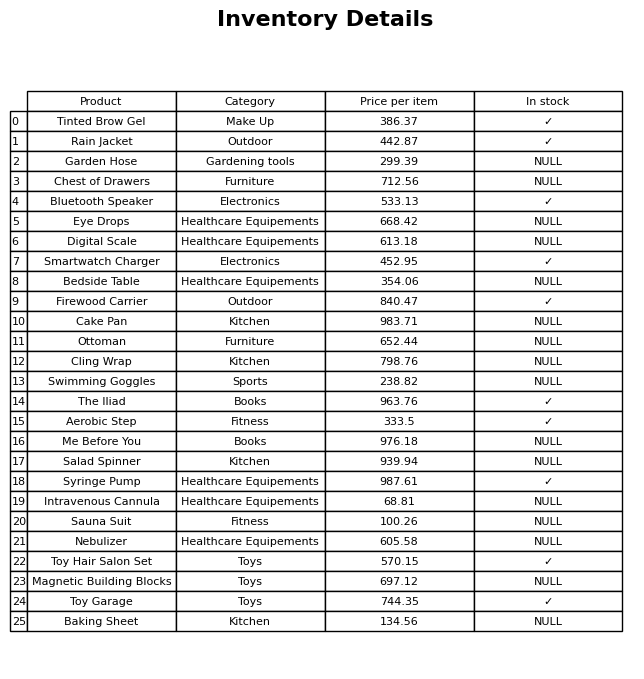
question: Is the Firewood Carrier in stock?
answer: ✓